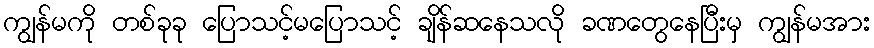
ကျွန်မကို တစ်ခုခု ပြောသင့်မပြောသင့် ချိန်ဆနေသလို ခဏတွေနေပြီးမှ ကျွန်မအား